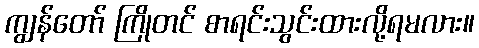
ကျွန်တော် ကြိုတင် စာရင်းသွင်းထားလို့ရမလား။